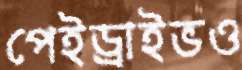
পেইড্রাইভও